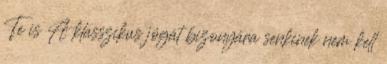
Te is A klasszikus jógát bizonyára senkinek nem kell